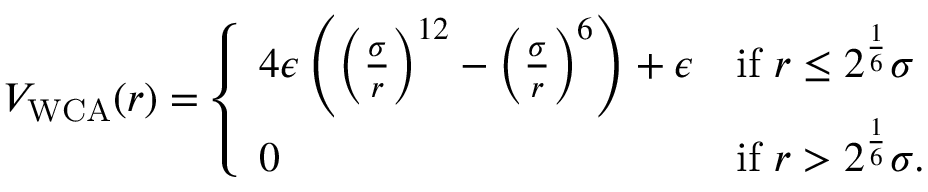
\begin{array} { r } { V _ { \mathrm { W C A } } ( r ) = \left\{ \begin{array} { l l } { 4 \epsilon \left( \left( \frac { \sigma } { r } \right) ^ { 1 2 } - \left( \frac { \sigma } { r } \right) ^ { 6 } \right) + \epsilon } & { \mathrm { i f ~ } r \leq 2 ^ { \frac { 1 } { 6 } } \sigma } \\ { 0 } & { \mathrm { i f ~ } r > 2 ^ { \frac { 1 } { 6 } } \sigma . } \end{array} \right. } \end{array}